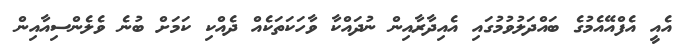
އެއީ އެފްއޭއެމުގެ ބައްދަލުވުމުގައި އެއިދާރާއިން ނުދައްކާ ވާހަކަތަކެއް ދެއްކި ކަމަށް ބުނެ ވެލެންސިއާއިން